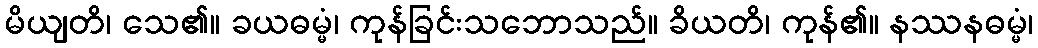
မိယျတိ၊ သေ၏။ ခယဓမ္မံ၊ ကုန်ခြင်းသဘောသည်။ ခိယတိ၊ ကုန်၏။ နဿနဓမ္မံ၊